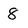
Character: 8